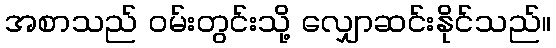
အစာသည် ဝမ်းတွင်းသို့ လျှောဆင်းနိုင်သည်။